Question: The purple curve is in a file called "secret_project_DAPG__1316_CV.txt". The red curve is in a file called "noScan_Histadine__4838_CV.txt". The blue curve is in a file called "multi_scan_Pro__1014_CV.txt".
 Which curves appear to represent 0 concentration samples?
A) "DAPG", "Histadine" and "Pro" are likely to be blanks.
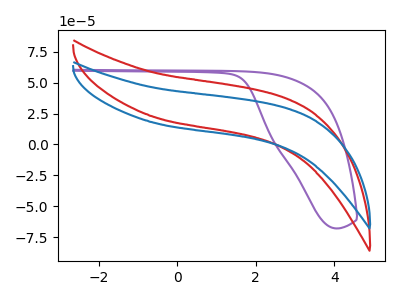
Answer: <think>The purple curve "DAPG" has no peaks. The red curve "Histadine" has no peaks. The blue curve "Pro" has no peaks.</think>
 <answer>A) "DAPG", "Histadine" and "Pro" are likely to be blanks.</answer>
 <eval>A</eval>